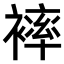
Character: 𧜠